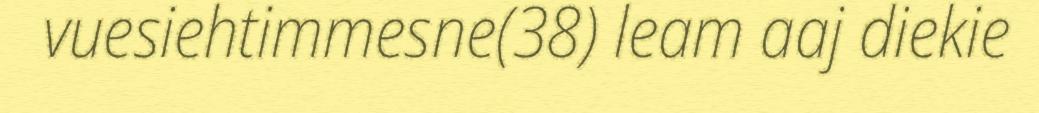
vuesiehtimmesne(38) leam aaj diekie